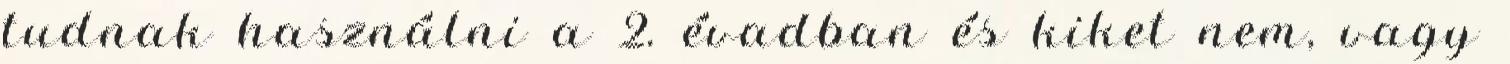
tudnak használni a 2. évadban és kiket nem, vagy